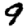
Digit: 9